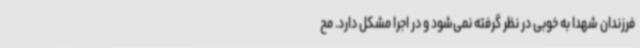
فرزندان شهدا به خوبی در نظر گرفته نمی‌شود و در اجرا مشکل دارد. مح